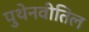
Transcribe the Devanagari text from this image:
पुथेनवीतिल